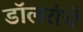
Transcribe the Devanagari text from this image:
डॉलरांचे